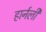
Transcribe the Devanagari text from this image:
हार्नली